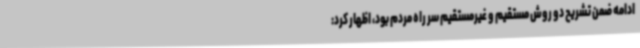
ادامه ضمن تشریح دو روش مستقیم و غیرمستقیم سر راه مردم بود، اظهار کرد: